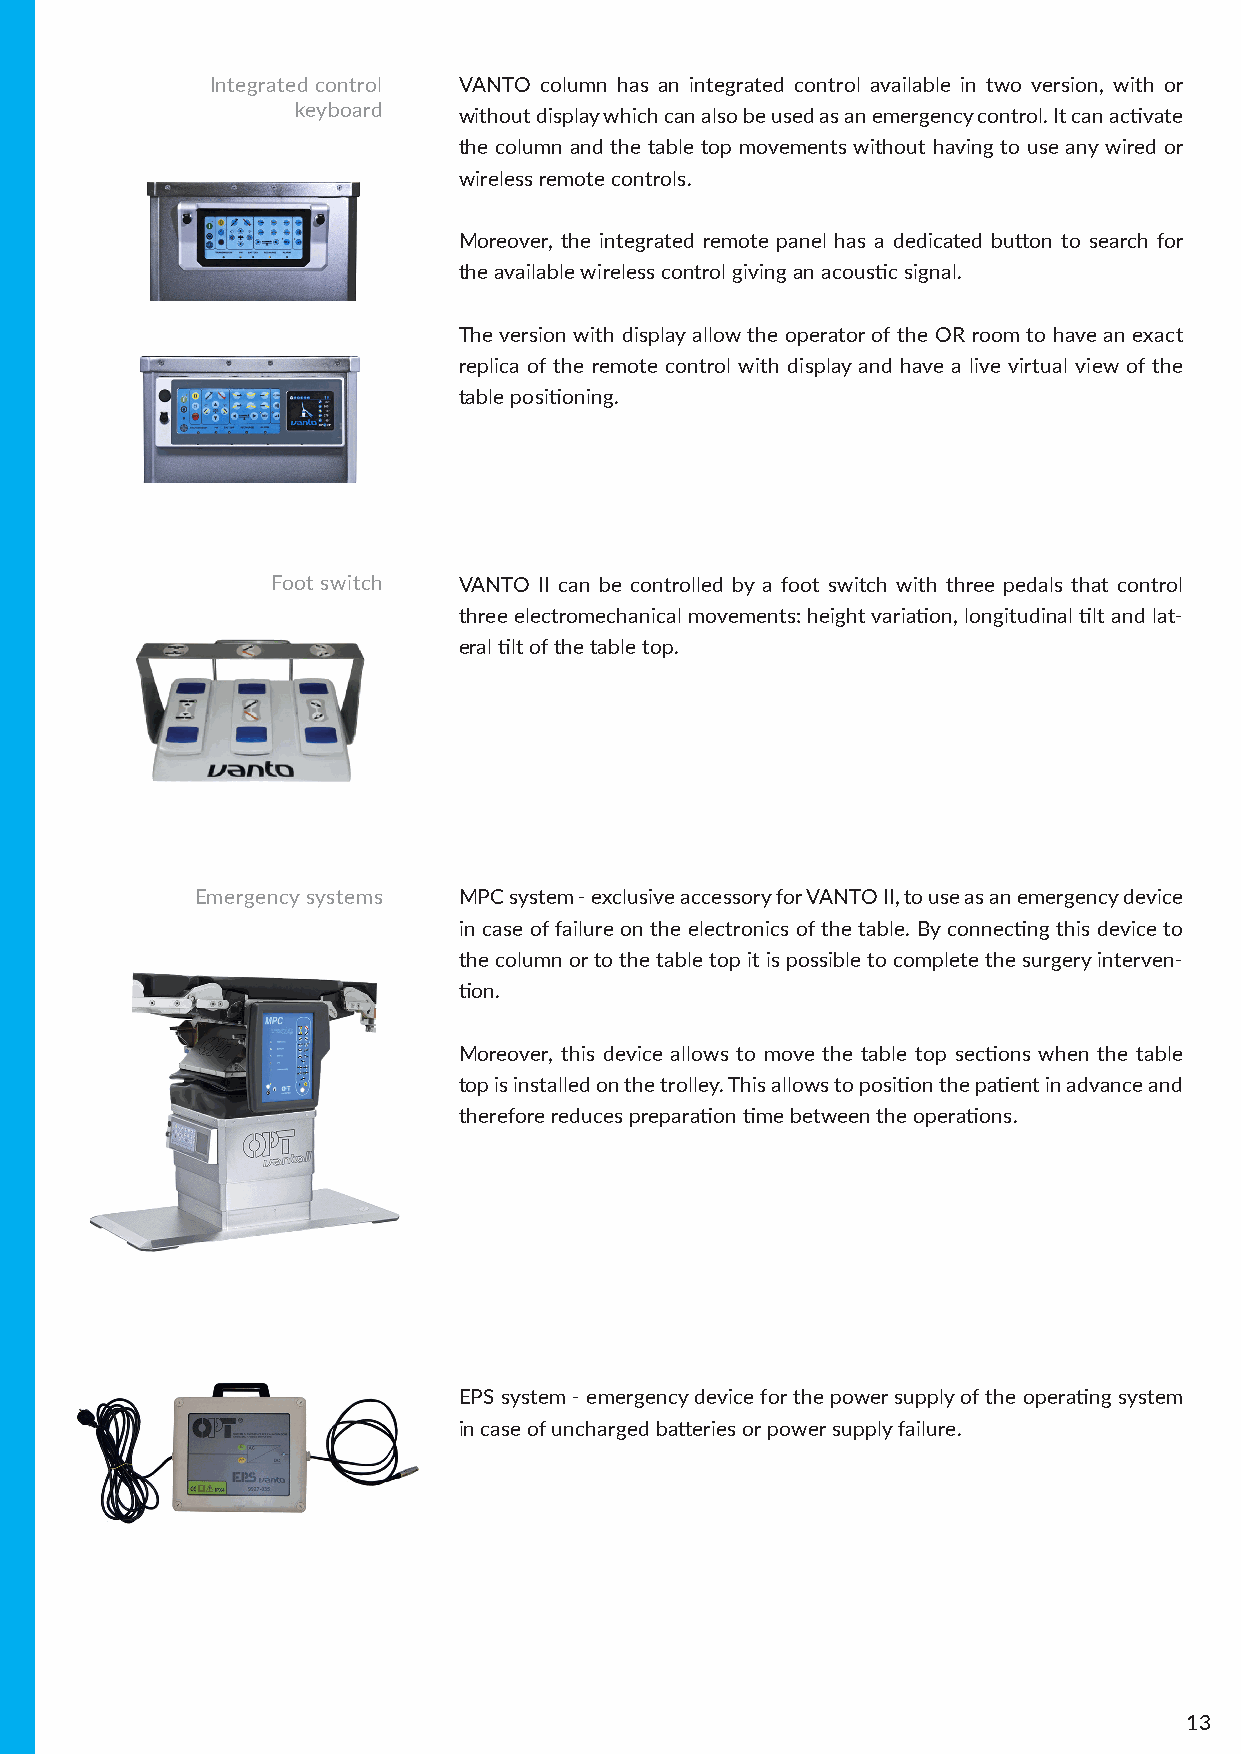
Integrated control VANTO column has an integrated control available in two version, with or
 keyboard   without display which can also be used as an emergency control. It can activate
 the column and the table top movements without having to use any wired or
 wireless remote controls.
 Moreover, the integrated remote panel has a dedicated button to search for
 the available wireless control giving an acoustic signal.
 The version with display allow the operator of the OR room to have an exact
 replica of the remote control with display and have a live virtual view of the
 table positioning.
 Foot switch VANTO II can be controlled by a foot switch with three pedals that control
 three electromechanical movements: height variation, longitudinal tilt and lat-
 eral tilt of the table top.
 Emergency systems MPC system - exclusive accessory for VANTO II, to use as an emergency device
 in case of failure on the electronics of the table. By connecting this device to
 the column or to the table top it is possible to complete the surgery interven-
 tion.
 Moreover, this device allows to move the table top sections when the table
 top is installed on the trolley. This allows to position the patient in advance and
 therefore reduces preparation time between the operations.
 EPS system - emergency device for the power supply of the operating system
 in case of uncharged batteries or power supply failure.
 13